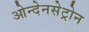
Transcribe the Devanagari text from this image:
ओन्देनसेट्रोन